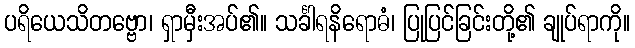
ပရိယေသိတဗ္ဗော၊ ရှာမှီးအပ်၏။ သင်္ခါရနိရောဓံ၊ ပြုပြင်ခြင်းတို့၏ ချုပ်ရာကို။